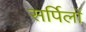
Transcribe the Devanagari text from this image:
सर्पिलों